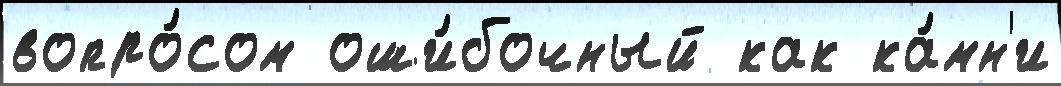
вопро́сом оши́бочный как ка́мн'и